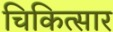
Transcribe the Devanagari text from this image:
चिकित्सार